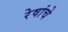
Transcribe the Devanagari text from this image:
रेषांचे